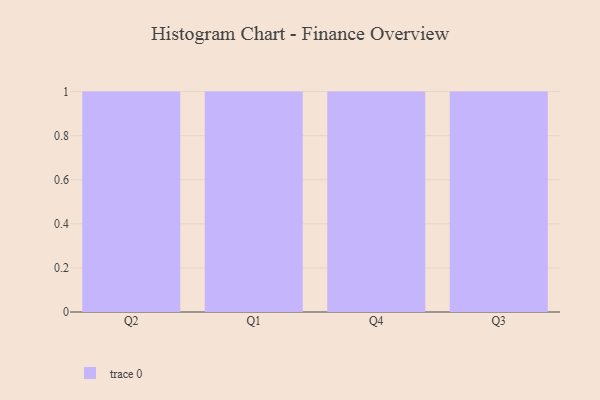
{"axis": {"x": "Quarter", "y": "Humidity (%)"}, "legend": [""], "data": [{"x": "Q2", "y": 36, "type": ""}, {"x": "Q1", "y": 4, "type": ""}, {"x": "Q4", "y": 33, "type": ""}, {"x": "Q3", "y": 1, "type": ""}]}